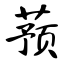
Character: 蓣